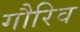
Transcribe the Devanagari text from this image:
गौरिव